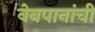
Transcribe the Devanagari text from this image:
वेबपानांची